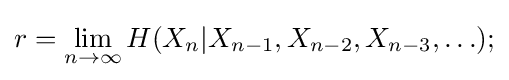
r=\lim _{n\to \infty }H(X_{n}|X_{n-1},X_{n-2},X_{n-3},\ldots );